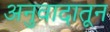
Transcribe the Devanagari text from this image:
अनुवादातून